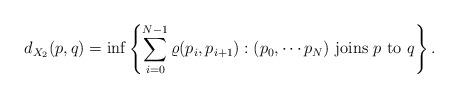
LaTeX: \begin{align*} d_{X_2}(p,q) = \inf\left\{ \sum_{i=0}^{N-1}\varrho(p_i, p_{i+1}): \text{$(p_0,\cdots p_N)$ joins $p$ to $q$} \right\}. \end{align*}